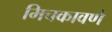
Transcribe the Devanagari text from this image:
मिचकावणे